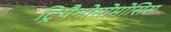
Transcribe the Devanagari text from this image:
ट्रिपैनोसोमोसिस